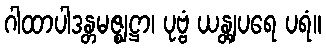
ဂါထာပါဒန္တမဇ္ဈဋ္ဌာ၊ ပုဗ္ဗံ ယန္တျပရေ ပရံ။